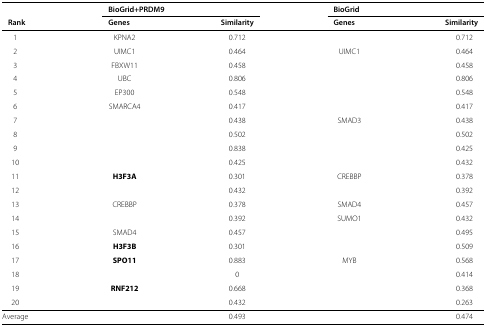
<table><thead><tr><td>[EMPTY_CELL]</td><td colspan="2"><b>BioGrid+PRDM9</b></td><td colspan="2"><b>BioGrid</b></td></tr><tr><td><b>Rank</b></td><td><b>Genes</b></td><td><b>Similarity</b></td><td><b>Genes</b></td><td><b>Similarity</b></td></tr></thead><tbody><tr><td>1</td><td>KPNA2</td><td>0.712</td><td>[EMPTY_CELL]</td><td>0.712</td></tr><tr><td>2</td><td>UIMC1</td><td>0.464</td><td>UIMC1</td><td>0.464</td></tr><tr><td>3</td><td>FBXW11</td><td>0.458</td><td>[EMPTY_CELL]</td><td>0.458</td></tr><tr><td>4</td><td>UBC</td><td>0.806</td><td>[EMPTY_CELL]</td><td>0.806</td></tr><tr><td>5</td><td>EP300</td><td>0.548</td><td>[EMPTY_CELL]</td><td>0.548</td></tr><tr><td>6</td><td>SMARCA4</td><td>0.417</td><td>[EMPTY_CELL]</td><td>0.417</td></tr><tr><td>7</td><td>[EMPTY_CELL]</td><td>0.438</td><td>SMAD3</td><td>0.438</td></tr><tr><td>8</td><td>[EMPTY_CELL]</td><td>0.502</td><td>[EMPTY_CELL]</td><td>0.502</td></tr><tr><td>9</td><td>[EMPTY_CELL]</td><td>0.838</td><td>[EMPTY_CELL]</td><td>0.425</td></tr><tr><td>10</td><td>[EMPTY_CELL]</td><td>0.425</td><td>[EMPTY_CELL]</td><td>0.432</td></tr><tr><td>11</td><td><b>H3F3A</b></td><td>0.301</td><td>CREBBP</td><td>0.378</td></tr><tr><td>12</td><td>[EMPTY_CELL]</td><td>0.432</td><td>[EMPTY_CELL]</td><td>0.392</td></tr><tr><td>13</td><td>CREBBP</td><td>0.378</td><td>SMAD4</td><td>0.457</td></tr><tr><td>14</td><td>[EMPTY_CELL]</td><td>0.392</td><td>SUMO1</td><td>0.432</td></tr><tr><td>15</td><td>SMAD4</td><td>0.457</td><td>[EMPTY_CELL]</td><td>0.495</td></tr><tr><td>16</td><td><b>H3F3B</b></td><td>0.301</td><td>[EMPTY_CELL]</td><td>0.509</td></tr><tr><td>17</td><td><b>SPO11</b></td><td>0.883</td><td>MYB</td><td>0.568</td></tr><tr><td>18</td><td>[EMPTY_CELL]</td><td>0</td><td>[EMPTY_CELL]</td><td>0.414</td></tr><tr><td>19</td><td><b>RNF212</b></td><td>0.668</td><td>[EMPTY_CELL]</td><td>0.368</td></tr><tr><td>20</td><td>[EMPTY_CELL]</td><td>0.432</td><td>[EMPTY_CELL]</td><td>0.263</td></tr><tr><td>Average</td><td>[EMPTY_CELL]</td><td>0.493</td><td>[EMPTY_CELL]</td><td>0.474</td></tr></tbody></table>